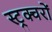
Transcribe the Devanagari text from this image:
स्ट्रक्चरों